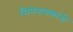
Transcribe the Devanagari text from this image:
सिनेनायकांनी